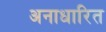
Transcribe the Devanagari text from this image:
अनाधारित